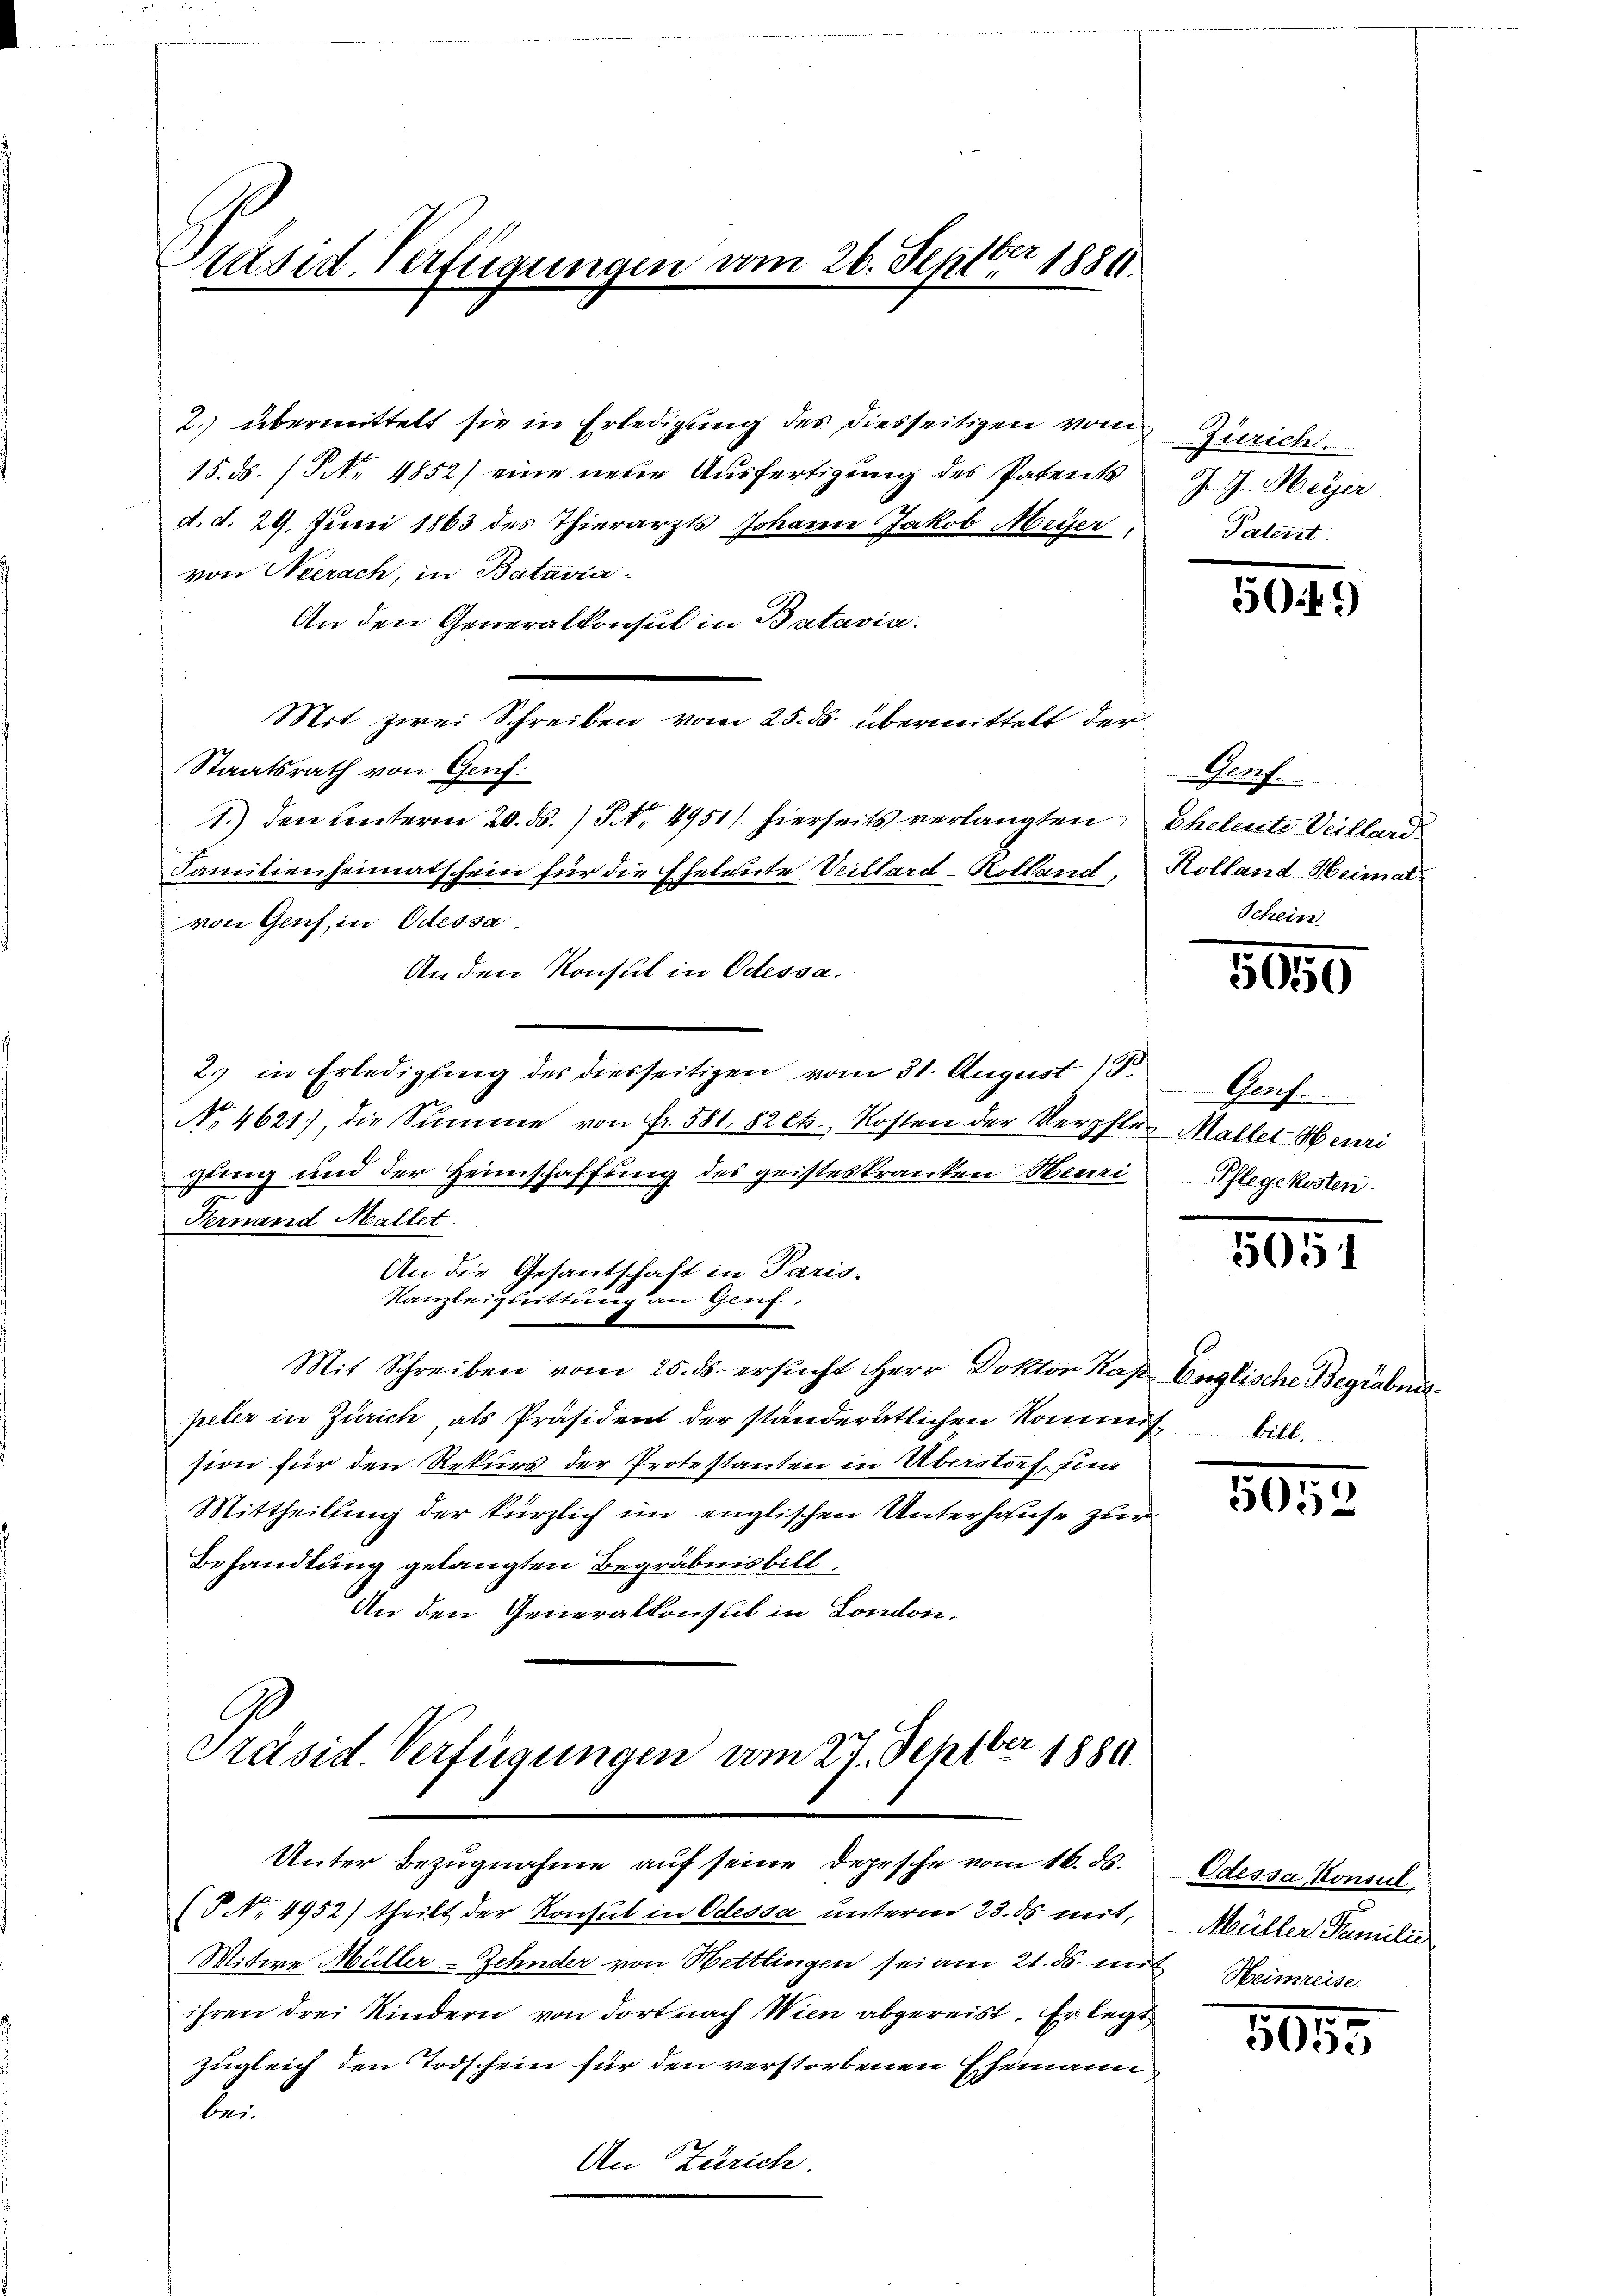
räsid. Verfügungen vom 26. Septbr 1889.

2.) übermittelt sie in Erledigung des diesseitigen von Zürich
15. ds. / NNo. 4852) eine neue Ausfertigung des Patents
d. d. 29. Juni 1863 des Thierarzts Johann Jakob Meyer,
von Neerach, in Batavia
An den Generalkonsul in Batavia.
Mit zwei Schreiben vom 25. ds. übermittelt der
Staatsrath von Genf.
1.) den Unterm 20. ds. No. 4951) hierseits verlangten Eheleute Villard
von Genf, in Odessa.
An den Konsul in Odessa.
2) in Erledigung des diesseitigen vom 31. August 13.
No. 4621), die Summe von Fr. 581. 82 Ct., Kosten der Verpfler Maltet Henri
gling und der Heimschaffung des geisteskranken Heuri
Vernand Mallet.
An die Gesandschaft in Paris-
Kanzleiquittung an Genf.
Mit Schreiben vom 25. ds. ersucht Herr Dokton Kap. Englische Begräbnispeler in Zürich, als Präsident der ständeratlichen Kommisbill
sion für den Rekurs der Protestanten in Überstorf, um
Mittheilung der kürzlich im englischen Unterhause zur
Behandlung gelangten Begräbnisbill
An den Generalkonsul in London.

Familienheimatschein für die Eheleute Villard-Kolland, Kolland Heimal

Präsid. Verfügungen vom 27. Septber 1889.
Unter Bezugnahme auf seine Depesche vom 16. ds.

J. J. Meyer
Patent

(P No. 4952) theilt der Konsul in Odessa unterm 23. ds. mit,
Mitwe Müller-Zehnder von Hettlingen sei am 21. ds. mit Heimreise
ihren drei Kindern von dort nach Wien abgereist. Er legt
zugleich den Todschein für den verstorbenen Ehemann
bei.
An Zürich.

509)

Genf.
Schein

5959

Genf.
Pflege kosten.

5051

5052

Odessa Konsul
Müller Familie

1505